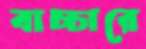
বাচ্চারে